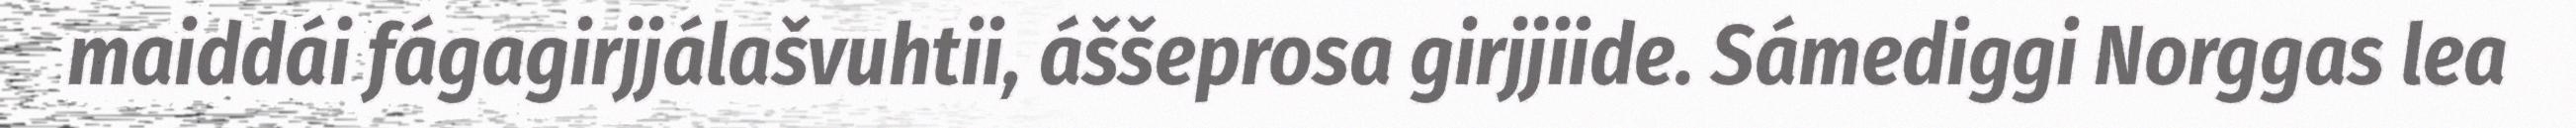
maiddái fágagirjjálašvuhtii, áššeprosa girjjiide. Sámediggi Norggas lea